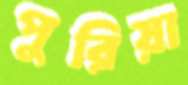
পুরিয়া